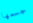
جسمها